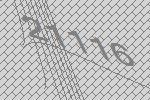
21116